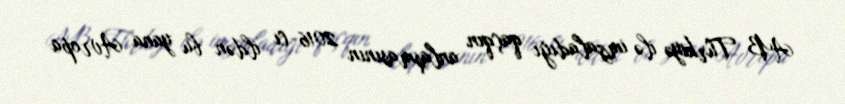
AB Türkiyə ilə imzaladığı qaçqın anlaşmasının 2016-cı ildən bu yana Avropa